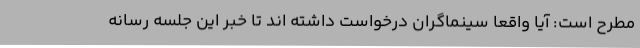
مطرح است: آیا واقعا سینماگران درخواست داشته اند تا خبر این جلسه رسانه